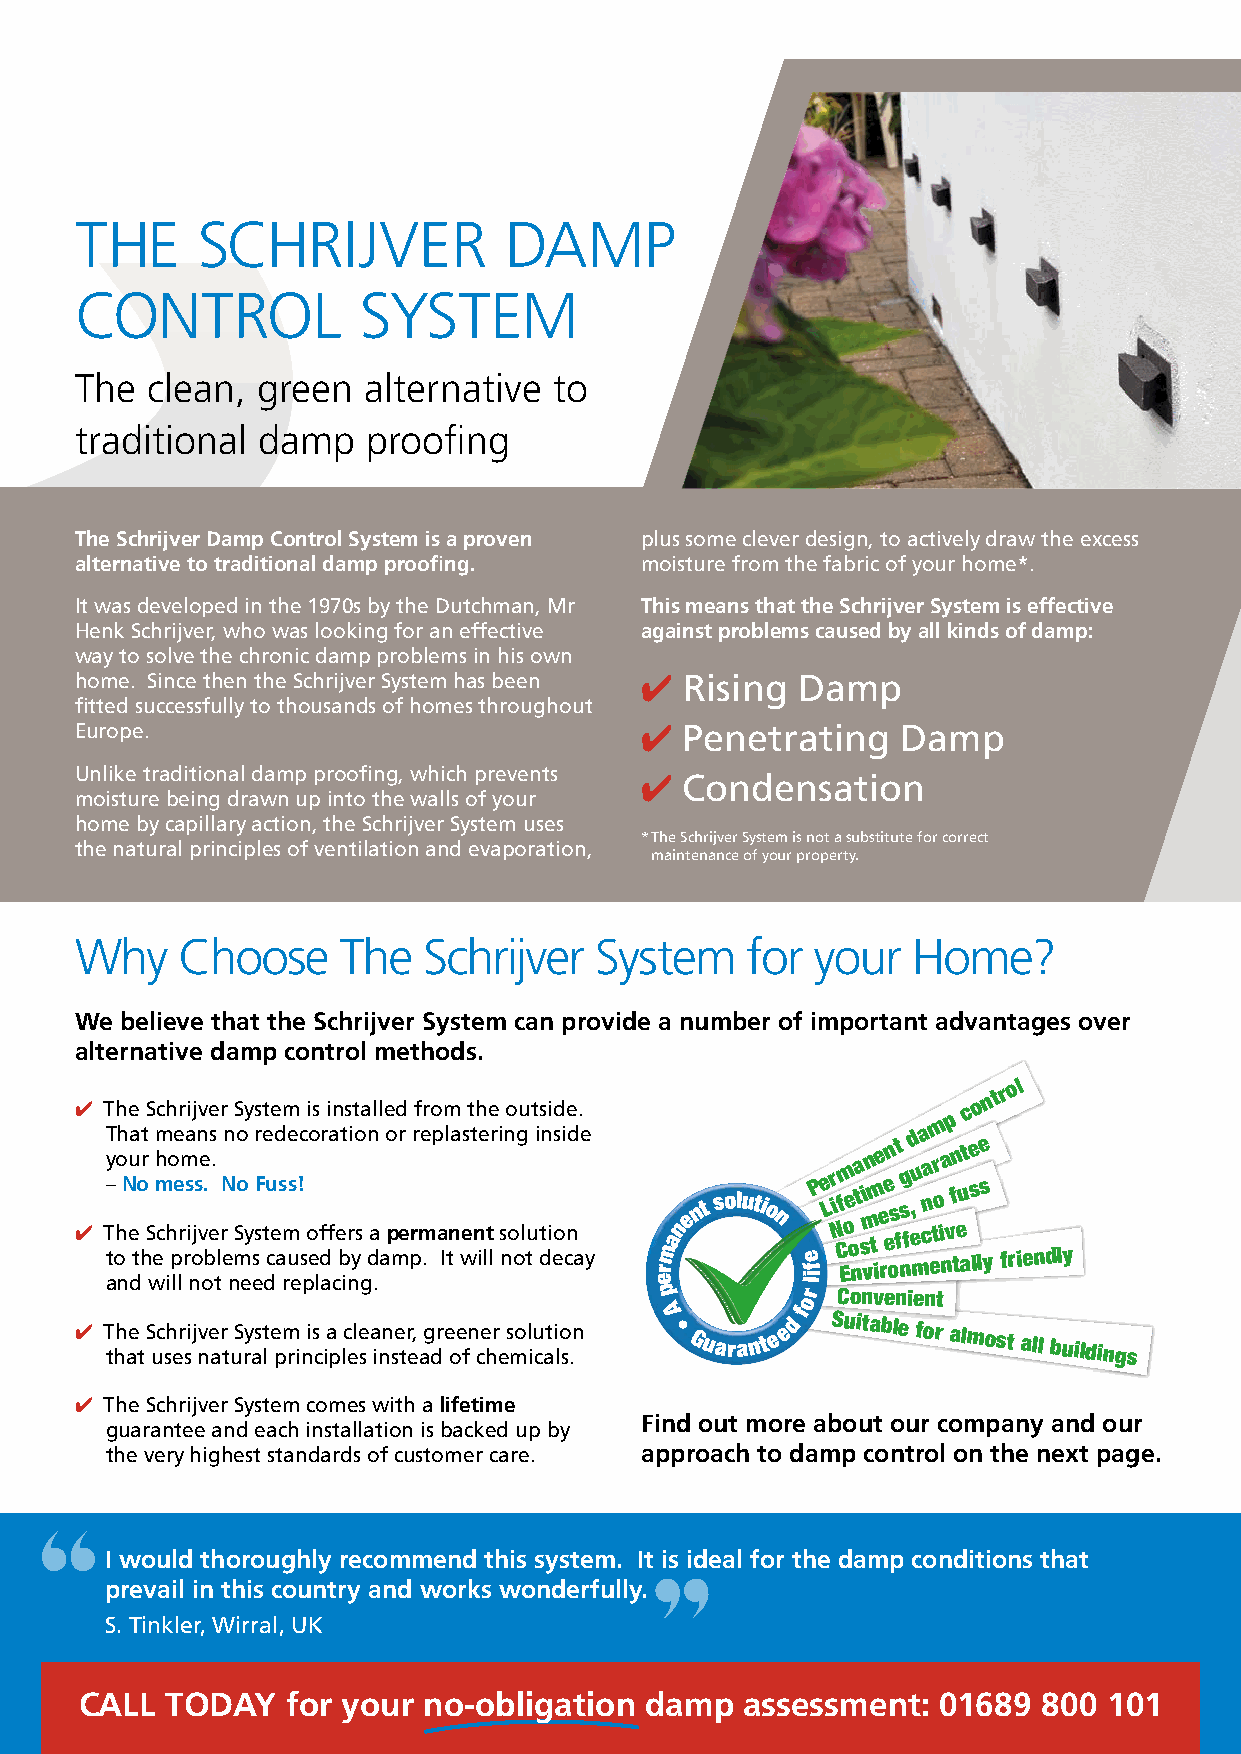
THE     SCHRIJVER           DAMP
 CONTROL            SYSTEM
 The  clean, green  alternative  to
 traditional damp   proofing
 The Schrijver Damp Control System is a proven plus some clever design, to actively draw the excess
 alternative to traditional damp proofing. moisture from the fabric of your home*.
 It was developed in the 1970s by the Dutchman, Mr This means that the Schrijver System is effective
 Henk Schrijver, who was looking for an effective against problems caused by all kinds of damp:
 way to solve the chronic damp problems in his own
 home. Since then the Schrijver System has been ✔ Rising Damp
 fitted successfully to thousands of homes throughout
 Europe.                              ✔  Penetrating    Damp
 Unlike traditional damp proofing, which prevents ✔ Condensation
 moisture being drawn up into the walls of your
 home by capillary action, the Schrijver System uses
 * The Schrijver System is not a substitute for correct
 the natural principles of ventilation and evaporation,
 maintenance of your property.
 Why    Choose    The   Schrijver  System    for  your  Home?
 We believe that the Schrijver System can provide a number of important advantages over
 alternative damp control methods.
 ✔ The Schrijver System is installed from the outside.
 m p
 c o n
 tr
 ol
 ✔
 TT y – toho h N eua to hrt
 S
 eh mm
 c
 ho pee rm rsa
 i
 ojsn ve .
 be
 s .
 l
 rN en
 S
 moo
 y
 ssFr te u ced as ms ue !c
 s
 o
 eo
 f
 dr fa
 e
 bt ri yo
 s
 dn
 a
 a
 o
 p
 mr
 e
 prr me
 .
 p
 a
 Il tna west
 n
 ie
 lt
 lr i
 s
 nn
 o
 og
 l tu
 i
 t
 dn
 i
 eosi cnd
 a
 e
 y
 rmanent solutio
 n
 e
 fP e Lr i
 N
 Cf Em oe
 o
 nt a si vmn m
 t
 ie re ee on s t
 f
 n
 sg fe, md u ca na etr o
 i
 na
 v
 tfn eu at lse lse
 y friendly
 ✔
 Ta thhn aed
 t
 S
 w
 uc
 shil el
 r
 sin
 j v
 no
 e
 at
 r
 t
 n uSe
 ry
 ae
 st
 ld
 e
 p
 mr re
 i
 np
 is
 cl a
 ia
 pc i lcn
 ele
 sg a.
 i
 nn se tr e, ag dr e oe fn ce hr
 e
 s mol iu cati lo s.n
 e
 p
 A
 • Guarant e ed
 for
 il
 SC uo itn av be ln ei e fon rt
 almost all buildings
 ✔ The Schrijver System comes with a lifetime
 Find out more about our company and our
 guarantee and each installation is backed up by
 the very highest standards of customer care. approach to damp control on the next page.
 I would thoroughly recommend this system. It is ideal for the damp conditions that
 prevail in this country and works wonderfully.
 S. Tinkler, Wirral, UK
 CALL  TODAY   for your no-obligation  damp  assessment:  01689  800 101